Report of the Indian Hemp Drugs Commission, 1894-1895 - Volume IV
Year: 1894
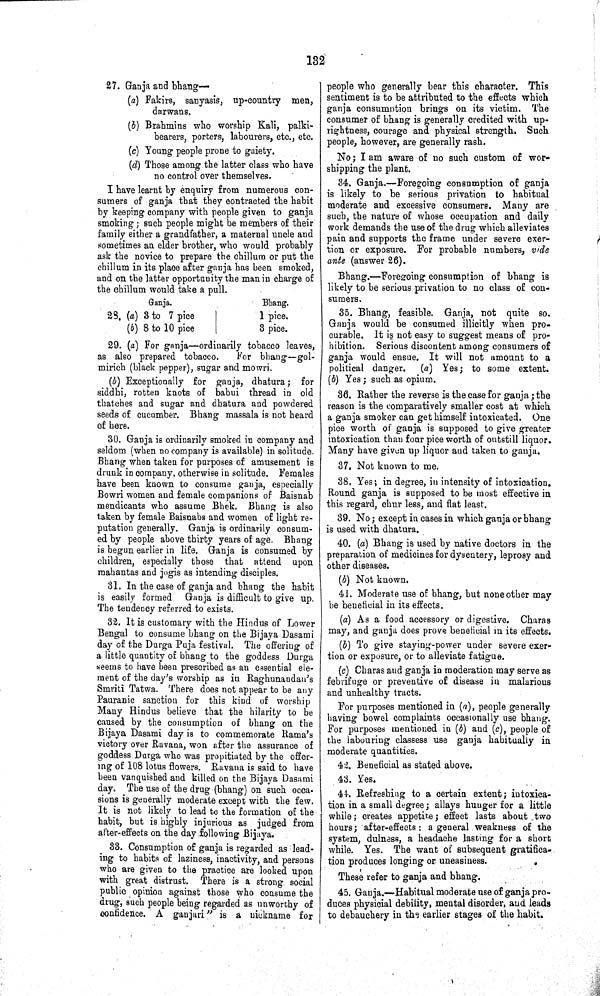
132
27. Ganja and bhang—
(a) Fakirs, sanyasis, up-country men,
darwans.
(b) Brahmins who worship Kali, palki-
bearers, porters, labourers, etc., etc.
(c) Young people prone to gaiety.
(d) Those among the latter class who have
no control over themselves.
I have learnt by enquiry from numerous con¬
sumers of ganja that they contracted the habit
by keeping company with people given to ganja
smoking; such people might be members of their
family either a grandfather, a maternal uncle and
sometimes an elder brother, who would probably
ask the novice to prepare the chillum or put the
chillum in its place after ganja has been smoked,
and on the latter opportunity the man in charge of
the chillum would take a pull.
Ganja.
Bhang.
28. (a) 3 to 7 pice
1 pice.
(b) 8 to 10 pice
3 pice.
29. (a) For ganja—ordinarily tobacco leaves,
as also prepared tobacco.
For blang—gol-
mirich (black pepper), sugar and mowri.
(b) Exceptionally for ganja, dhatura; for
siddhi, rotten knots of babui thread in old
thatches and sugar and dhatura and powdered
seeds of cucumber. Bhang massala is not heard
of here.
30. Ganja is ordinarily smoked in company and
seldom (when no company is available) in solitude.
Bhang when taken for purposes of amusement is
drunk in company, otherwise in solitude. Females
have been known to consume ganja, especially
Bowri women and female companions of Baisnab
mendicants who assume Bhek. Bhang is also
taken by female Baisnabs and women of light re¬
putation generally. Ganja is ordinarily consum¬
ed by people above thirty years of age. Bhang
is begun earlier in life. Ganja is consumed by
children, especially those that attend upon
mahantas and jogis as intending disciples.
31. In the case of ganja and bhang the habit
is easily formed Ganja is difficult to give up.
The tendency referred to exists.
32. It is customary with the Hindus of Lower
Bengal to consume bhang on the Bijaya Dasami
day of the Durga Puja festival. The offering of
a little quantity of bhang to the goddess Durga
seems to have been prescribed as an essential ele¬
ment of the day's worship as in Raghunandan's
Smriti Tatwa. There does not appear to be any
Pauranic sanction for this kind of worship
Many Hindus believe that the hilarity to be
caused by the consumption of bhang on the
Bijaya Dasami day is to commemorate Rama's
victory over Ravana, won after the assurance of
goddess. Durga who was propitiated by the offer¬
ing of 108 lotus flowers. Ravana is said to have
been vanquished and killed on the Bijaya Dasami
day. The use of the drug (bhang) on such occa¬
sions is generally moderate except with the few.
It is not likely to lead to the formation of the
habit, but is highly injurious as judged from
after-effects on the day following Bijaya.
33. Consumption of ganja is regarded as lead¬
ing to habits of laziness, inactivity, and persons
who are given to the practice are looked upon
with great distrust. There is a strong social
public opinion against those who consume the
drug, such people being regarded as unworthy of
confidence. A ganjari" is a nickname for
people who generally bear this character. This
sentiment is to be attributed to the effects which
ganja consumption brings on its victim. The
consumer of bhang is generally credited with up¬
rightness, courage and physical strength. Such
people, however, are generally rash.
No; I am aware of no such custom of wor¬
shipping the plant.
34. Ganja.—Foregoing consumption of ganja
is likely to be serious privation to habitual
moderate and excessive consumers. Many are
such, the nature of whose occupation and daily
work demands the use of the drug which alleviates
pain and supports the frame under severe exer¬
tion or exposure. For probable numbers, vide
ante (answer 26).
Bhang.—Foregoing consumption of bhang is
likely to be serious privation to no class of con¬
sumers.
35. Bhang, feasible. Ganja, not quite so.
Ganja would be consumed illicitly when pro¬
curable. It is not easy to suggest means of pro¬
hibition. Serious discontent among consumers of
ganja would ensue. It will not amount to a
political danger. (a) Yes; to some extent.
(b) Yes; such as opium.
36. Rather the reverse is the case for ganja; the
reason is the comparatively smaller cost at which
a ganja smoker can get himself intoxicated. One
pice worth of ganja is supposed to give greater
intoxication than four pice worth of outstill liquor.
Many have given up liquor and taken to ganja.
37. Not known to me.
38. Yes; in degree, in intensity of intoxication.
Round ganja is supposed to be most effective in
this regard, chur less, and flat least.
39. No; except in cases in which ganja or bhang
is used with dhatura.
40. (a) Bhang is used by native doctors in the
preparation of medicines for dysentery, leprosy and
other diseases.
(b) Not known.
41. Moderate use of bhang, but none other may
be beneficial in its effects.
(a) As a food accessory or digestive. Charas
may, and ganja does prove beneficial in its effects.
(b) To give staying-power under severe exer¬
tion or exposure, or to alleviate fatigue.
(c) Charas and ganja in moderation may serve as
febrifuge or preventive of disease in malarious
and unhealthy tracts.
For purposes mentioned in (a), people generally
having bowel complaints occasionally use bhang.
For purposes mentioned in (b) and (c), people of
the labouring classess use ganja habitually in
moderate quantities.
42. Beneficial as stated above.
43. Yes.
44. Refreshing to a certain extent; intoxica¬
tion in a small degree; allays hunger for a little
while; creates appetite; effect lasts about two
hours; after-effects: a general weakness of the
system, dulness, a headache lasting for a short
while. Yes. The want of subsequent gratifica¬
tion produces longing or uneasiness.
These refer to ganja and bhang.
45. Ganja.—Habitual moderate use of ganjapro-
duces physicial debility, mental disorder, and leads
to debauchery in the earlier stages of the habit.